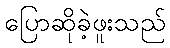
ပြောဆိုခဲ့ဖူးသည်